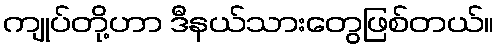
ကျုပ်တို့ဟာ ဒီနယ်သားတွေဖြစ်တယ်။